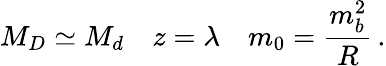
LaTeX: M_{D}\simeq M_{d}\quad z=\lambda\quad m_{0}={\frac{m_{b}^{2}}{R}}\, .